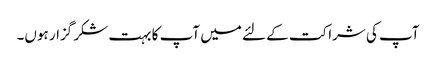
آپ کی شراکت کے لئے میں آپ کا بہت شکر گزار ہوں۔